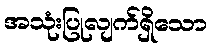
အသုံးပြုလျက်ရှိသော